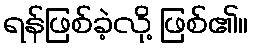
ရန်ဖြစ်ခဲ့လို့ ဖြစ်၏။